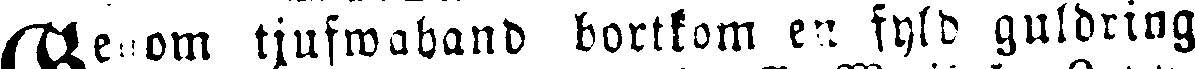
Genom tjufwahand bortkom en fyld guldring